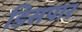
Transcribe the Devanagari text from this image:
डिसपार